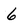
Character: 6